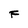
Character: F